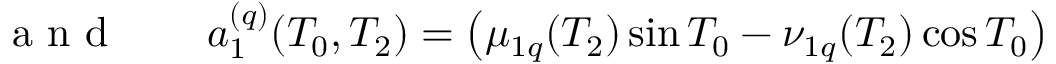
\begin{array} { r l r } { \textrm { a n d } } & { { } } & { a _ { 1 } ^ { ( q ) } ( T _ { 0 } , T _ { 2 } ) = \left( \mu _ { 1 q } ( T _ { 2 } ) \sin T _ { 0 } - \nu _ { 1 q } ( T _ { 2 } ) \cos T _ { 0 } \right) } \end{array}